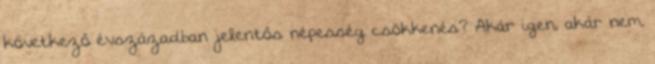
következő évszázadban jelentős népesség csökkenés? Akár igen, akár nem